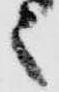
之